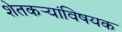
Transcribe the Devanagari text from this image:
शेतकर्‍यांविषयक